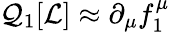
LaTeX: \mathcal{Q}_{1}[{\mathcal{{L}}}]\approx\partial_{\mu}f_{1}^{\mu}